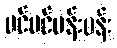
ပင်ပင်ပန်းပန်း